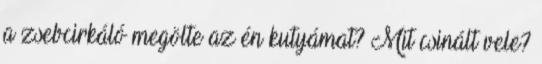
a zsebcirkáló megölte az én kutyámat? Mit csinált vele?